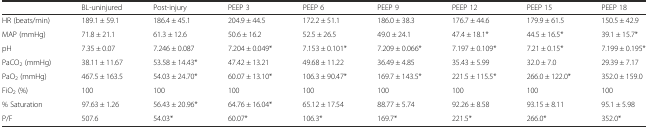
<table><thead><tr><td></td><td><b>BL-uninjured</b></td><td><b>Post-injury</b></td><td><b>PEEP 3</b></td><td><b>PEEP 6</b></td><td><b>PEEP 9</b></td><td><b>PEEP 12</b></td><td><b>PEEP 15</b></td><td><b>PEEP 18</b></td></tr></thead><tbody><tr><td>HR (beats/min)</td><td>189.1 ± 59.1</td><td>186.4 ± 45.1</td><td>204.9 ± 44.5</td><td>172.2 ± 51.1</td><td>186.0 ± 38.3</td><td>176.7 ± 44.6</td><td>179.9 ± 61.5</td><td>150.5 ± 42.9</td></tr><tr><td>MAP (mmHg)</td><td>71.8 ± 21.1</td><td>61.3 ± 12.6</td><td>50.6 ± 16.2</td><td>52.5 ± 26.5</td><td>49.0 ± 24.1</td><td>47.4 ± 18.1*</td><td>44.5 ± 16.5*</td><td>39.1 ± 15.7*</td></tr><tr><td>pH</td><td>7.35 ± 0.07</td><td>7.246 ± 0.087</td><td>7.204 ± 0.049*</td><td>7.153 ± 0.101*</td><td>7.209 ± 0.066*</td><td>7.197 ± 0.109*</td><td>7.21 ± 0.15*</td><td>7.199 ± 0.195*</td></tr><tr><td>PaCO<sub>2</sub> (mmHg)</td><td>38.11 ± 11.67</td><td>53.58 ± 14.43*</td><td>47.42 ± 13.21</td><td>49.68 ± 11.22</td><td>36.49 ± 4.85</td><td>35.43 ± 5.99</td><td>32.0 ± 7.0</td><td>29.39 ± 7.17</td></tr><tr><td>PaO<sub>2</sub> (mmHg)</td><td>467.5 ± 163.5</td><td>54.03 ± 24.70*</td><td>60.07 ± 13.10*</td><td>106.3 ± 90.47*</td><td>169.7 ± 143.5*</td><td>221.5 ± 115.5*</td><td>266.0 ± 122.0*</td><td>352.0 ± 159.0</td></tr><tr><td>FiO<sub>2</sub> (%)</td><td>100</td><td>100</td><td>100</td><td>100</td><td>100</td><td>100</td><td>100</td><td>100</td></tr><tr><td>% Saturation</td><td>97.63 ± 1.26</td><td>56.43 ± 20.96*</td><td>64.76 ± 16.04*</td><td>65.12 ± 17.54</td><td>88.77 ± 5.74</td><td>92.26 ± 8.58</td><td>93.15 ± 8.11</td><td>95.1 ± 5.98</td></tr><tr><td>P/F</td><td>507.6</td><td>54.03*</td><td>60.07*</td><td>106.3*</td><td>169.7*</td><td>221.5*</td><td>266.0*</td><td>352.0*</td></tr></tbody></table>